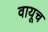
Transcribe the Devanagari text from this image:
वायूच